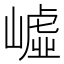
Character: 㠊